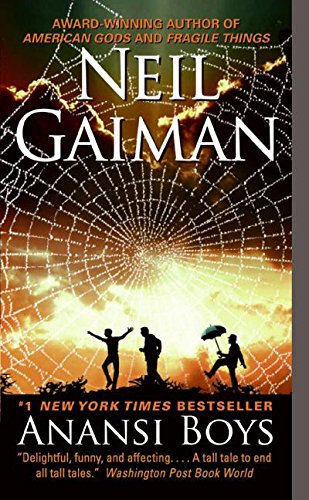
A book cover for Anansi Boys; Neil Gaiman; Literature & Fiction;